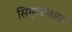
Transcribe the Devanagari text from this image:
सिमुलाकारा